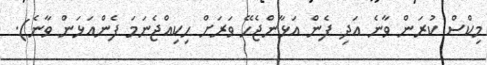
މިކްސް ކުރަން ވާނެ އަދި ފެން އަޅާންޖެހޭ ވަރަށް ހިކިއްޖެނަމަ ފެންއަޅަން ވާނެ).